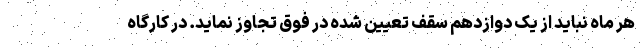
هر ماه نباید از یک دوازدهم سقف تعیین شده در فوق تجاوز نماید. در کارگاه